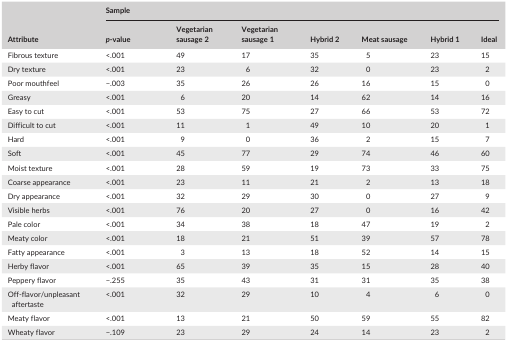
<table><thead><tr><td rowspan="2"><b>Attribute</b></td><td colspan="7"><b>Sample</b></td></tr><tr><td><b><i>p</i>‐value</b></td><td><b>Vegetarian sausage 2</b></td><td><b>Vegetarian sausage 1</b></td><td><b>Hybrid 2</b></td><td><b>Meat sausage</b></td><td><b>Hybrid 1</b></td><td><b>Ideal</b></td></tr></thead><tbody><tr><td>Fibrous texture</td><td>&lt;.001</td><td>49</td><td>17</td><td>35</td><td>5</td><td>23</td><td>15</td></tr><tr><td>Dry texture</td><td>&lt;.001</td><td>23</td><td>6</td><td>32</td><td>0</td><td>23</td><td>2</td></tr><tr><td>Poor mouthfeel</td><td>−.003</td><td>35</td><td>26</td><td>26</td><td>16</td><td>15</td><td>0</td></tr><tr><td>Greasy</td><td>&lt;.001</td><td>6</td><td>20</td><td>14</td><td>62</td><td>14</td><td>16</td></tr><tr><td>Easy to cut</td><td>&lt;.001</td><td>53</td><td>75</td><td>27</td><td>66</td><td>53</td><td>72</td></tr><tr><td>Difficult to cut</td><td>&lt;.001</td><td>11</td><td>1</td><td>49</td><td>10</td><td>20</td><td>1</td></tr><tr><td>Hard</td><td>&lt;.001</td><td>9</td><td>0</td><td>36</td><td>2</td><td>15</td><td>7</td></tr><tr><td>Soft</td><td>&lt;.001</td><td>45</td><td>77</td><td>29</td><td>74</td><td>46</td><td>60</td></tr><tr><td>Moist texture</td><td>&lt;.001</td><td>28</td><td>59</td><td>19</td><td>73</td><td>33</td><td>75</td></tr><tr><td>Coarse appearance</td><td>&lt;.001</td><td>23</td><td>11</td><td>21</td><td>2</td><td>13</td><td>18</td></tr><tr><td>Dry appearance</td><td>&lt;.001</td><td>32</td><td>29</td><td>30</td><td>0</td><td>27</td><td>9</td></tr><tr><td>Visible herbs</td><td>&lt;.001</td><td>76</td><td>20</td><td>27</td><td>0</td><td>16</td><td>42</td></tr><tr><td>Pale color</td><td>&lt;.001</td><td>34</td><td>38</td><td>18</td><td>47</td><td>19</td><td>2</td></tr><tr><td>Meaty color</td><td>&lt;.001</td><td>18</td><td>21</td><td>51</td><td>39</td><td>57</td><td>78</td></tr><tr><td>Fatty appearance</td><td>&lt;.001</td><td>3</td><td>13</td><td>18</td><td>52</td><td>14</td><td>15</td></tr><tr><td>Herby flavor</td><td>&lt;.001</td><td>65</td><td>39</td><td>35</td><td>15</td><td>28</td><td>40</td></tr><tr><td>Peppery flavor</td><td>−.255</td><td>35</td><td>43</td><td>31</td><td>31</td><td>35</td><td>38</td></tr><tr><td>Off‐flavor/unpleasant aftertaste</td><td>&lt;.001</td><td>32</td><td>29</td><td>10</td><td>4</td><td>6</td><td>0</td></tr><tr><td>Meaty flavor</td><td>&lt;.001</td><td>13</td><td>21</td><td>50</td><td>59</td><td>55</td><td>82</td></tr><tr><td>Wheaty flavor</td><td>−.109</td><td>23</td><td>29</td><td>24</td><td>14</td><td>23</td><td>2</td></tr></tbody></table>